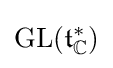
\operatorname {GL} ({\mathfrak {t}}_{\mathbb {C} }^{*})